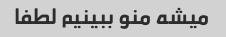
میشه منو ببینیم لطفا